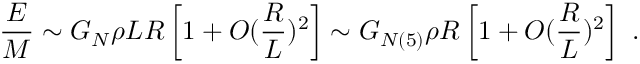
{ \frac { E } { M } } \sim G _ { N } \rho L R \left[ 1 + O ( { \frac { R } { L } } ) ^ { 2 } \right] \sim G _ { N ( 5 ) } \rho R \left[ 1 + O ( { \frac { R } { L } } ) ^ { 2 } \right] ~ .